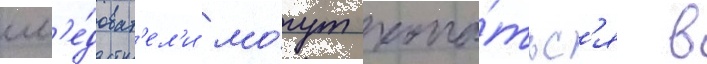
сл'е́доват'ел'и мо́гут копа́тьс'я в